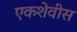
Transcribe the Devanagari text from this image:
एकशेवीस